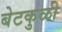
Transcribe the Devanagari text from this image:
बेटकुळी